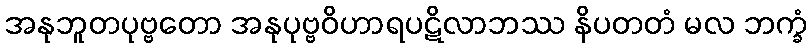
အနုဘူတပုဗ္ဗတော အနုပုဗ္ဗဝိဟာရပဋိလာဘဿ နိပတတံ မလ ဘက္ခံ